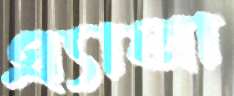
এ্যালা